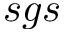
s g s